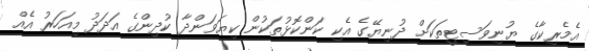
އެމެރިކާގެ ޔުނިވަސިޓީތަކަށް ދުނިޔޭގެ އެކި ކަންކޮޅުތަކުން ކިޔަވަންދާ ކުދިންގެ އަދަދު މިއަހަރު އެއް